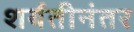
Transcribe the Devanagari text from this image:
शर्यतीनंतर